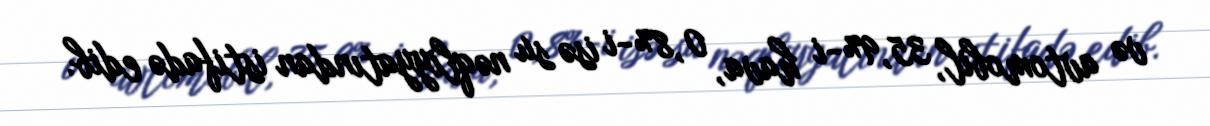
və avtomobil, 35,9%-i hava, 0,8%-i isə su nəqliyyatından istifadə edib.